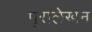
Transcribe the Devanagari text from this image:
पुरालेखन